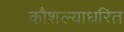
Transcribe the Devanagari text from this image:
कौशल्याधरित